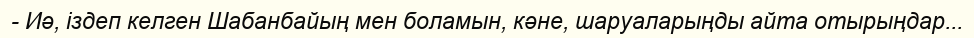
- Иә, іздеп келген Шабанбайың мен боламын, кәне, шаруаларыңды айта отырыңдар...